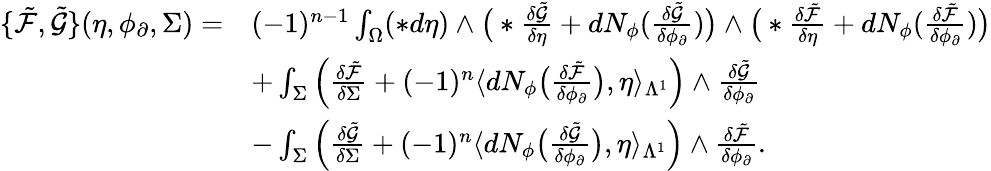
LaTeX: \begin{array}{rl}{\{ \tilde{\mathcal{F}},\tilde{\mathcal{G}}\} (\eta,\phi_{\partial},\Sigma)=}&{(-1)^{n-1}\int_{\Omega}(\ast d\eta)\wedge\big(\ast\frac{\delta\tilde{\mathcal{G}}}{\delta\eta}+dN_{\phi}(\frac{\delta\tilde{\mathcal{G}}}{\delta\phi_{\partial}})\big)\wedge\big(\ast\frac{\delta\tilde{\mathcal{F}}}{\delta\eta}+dN_{\phi}(\frac{\delta\tilde{\mathcal{F}}}{\delta\phi_{\partial}})\big)}\\ &{+\int_{\Sigma}\Big(\frac{\delta\tilde{\mathcal{F}}}{\delta\Sigma}+(-1)^{n}\langle dN_{\phi}\big(\frac{\delta\tilde{\mathcal{F}}}{\delta\phi_{\partial}}\big),\eta\rangle_{\Lambda^{1}}\Big)\wedge\frac{\delta\tilde{\mathcal{G}}}{\delta\phi_{\partial}}}\\ &{-\int_{\Sigma}\Big(\frac{\delta\tilde{\mathcal{G}}}{\delta\Sigma}+(-1)^{n}\langle dN_{\phi}\big(\frac{\delta\tilde{\mathcal{G}}}{\delta\phi_{\partial}}\big),\eta\rangle_{\Lambda^{1}}\Big)\wedge\frac{\delta\tilde{\mathcal{F}}}{\delta\phi_{\partial}}.}\end{array}